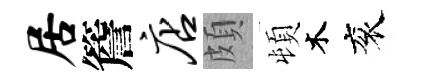
居簷店頗頓木衮